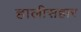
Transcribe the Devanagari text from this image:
हालीसहार